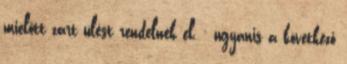
mielőtt zárt ülést rendelnék el, - ugyanis a következő